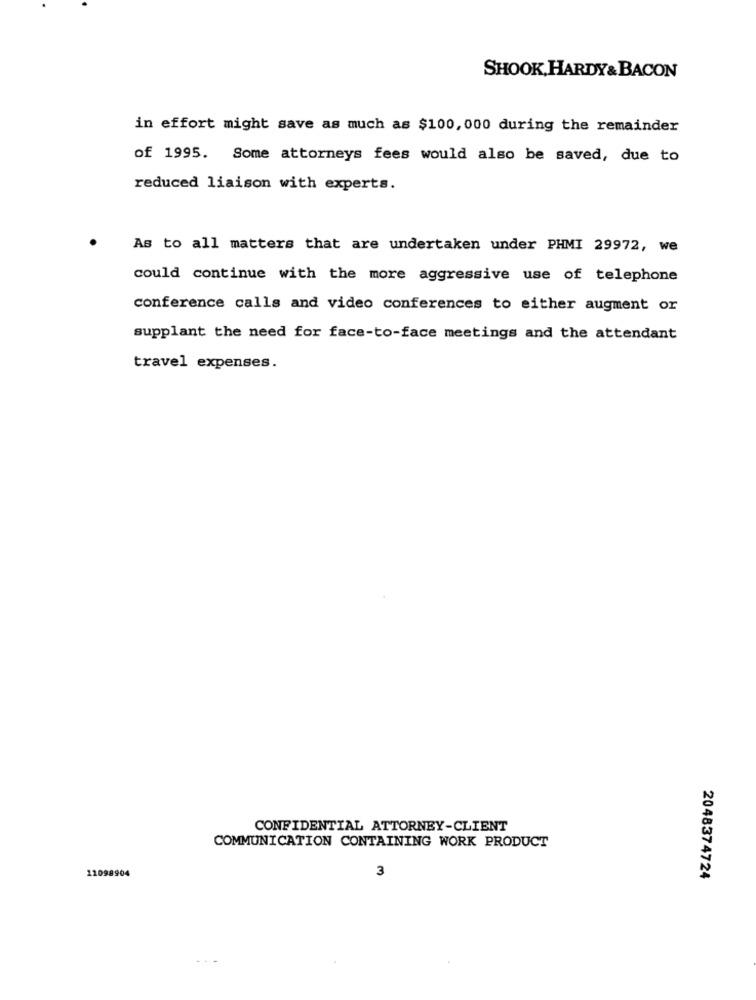
SHOOK, HARDY & BACON
in effort might save as much as $100, 000 during the remainder
of 1995.
Some attorneys fees would also be saved, due to
reduced liaison with experts.
As to all matters that are undertaken under PHMI 29972, we
could continue with the more aggressive use of telephone
conference calls and video conferences to either augment or
supplant the need for face-to-face meetings and the attendant
travel expenses.
CONFIDENTIAL ATTORNEY-CLIENT
COMMUNICATION CONTAINING WORK PRODUCT
11098904
3
2048374724